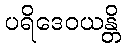
ပရိဒေဝယန္တိ